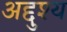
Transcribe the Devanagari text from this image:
अद्दुश्य